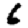
Digit: 6